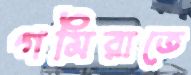
গমিরাতে